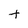
Character: t